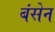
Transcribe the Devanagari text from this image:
बंसेन